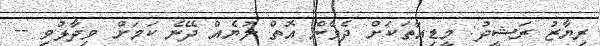
ރިޔާޒު ރަޝީދު: މީޑިއާތަކަށް ދެވެން އޮތް ލުޔެއް ދޭނެ ކަމަށް ވިދާޅުވި --